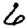
Digit: 6